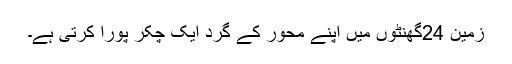
زمین 24گھنٹوں میں اپنے محور کے گرد ایک چکر پورا کرتی ہے۔